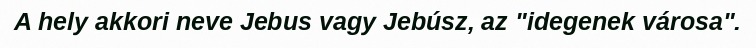
A hely akkori neve Jebus vagy Jebúsz, az "idegenek városa".